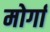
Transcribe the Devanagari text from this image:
मोर्गा